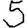
Digit: 5